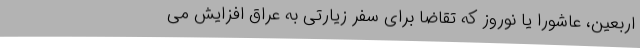
اربعین، عاشورا یا نوروز که تقاضا برای سفر زیارتی به عراق افزایش می